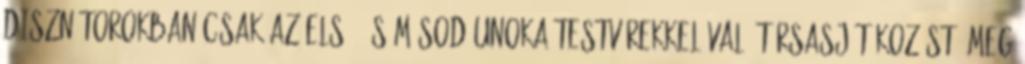
disznótorokban csak az elsô- és másod-unoka-testvérekkel való társasjátékozást, meg